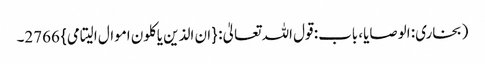
(بخاری: الوصایا، باب: قول اللہ تعالیٰ: {ان الذین یاکلون اموال الیتامی} 2766۔